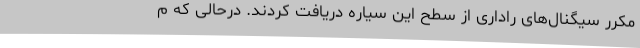
مکرر سیگنال‌های راداری از سطح این سیاره دریافت کردند. درحالی که م